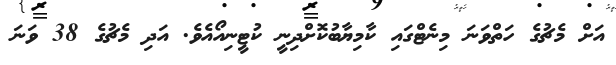
އަށް މެޗުގެ ހަތްވަނަ މިނެޓްގައި ކާމިޔާބުކޮށްދިނީ ކުޓީނިއޯއެވެ. އަދި މެޗުގެ 38 ވަނަ